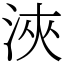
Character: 浹